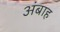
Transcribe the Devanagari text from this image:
अंबाह